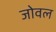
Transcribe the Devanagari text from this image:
जोवल